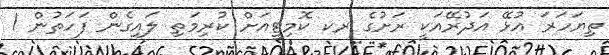
ތިޔަހަރަ އުޅޭ އަދުރޭއަކީ ރަށުގެ ރކ ކޮމިޓީއަށް ކުރިމަތި ލައިގެން ފަހަތުން 1